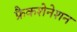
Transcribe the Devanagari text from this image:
फ्रैकशेनेशन